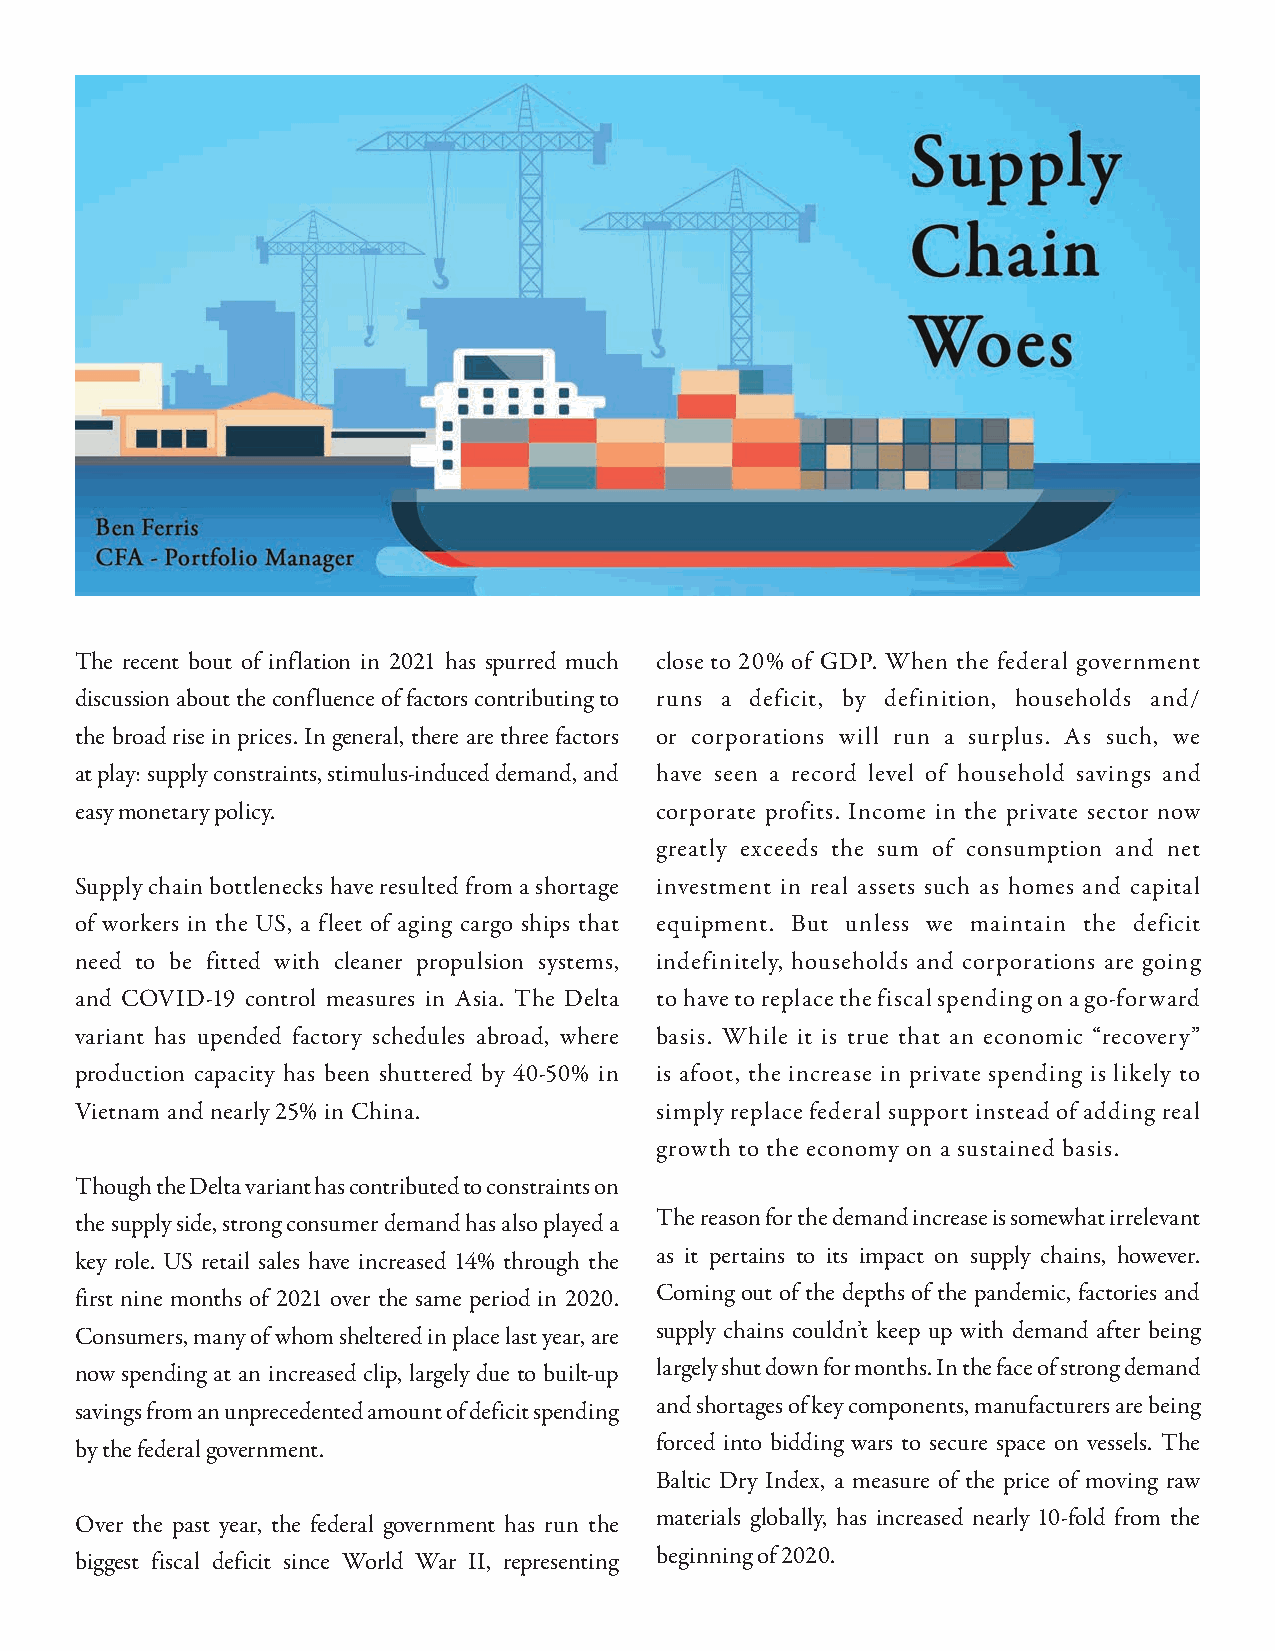
The recent bout of inflation in 2021 has spurred much close to 20% of GDP. When the federal government
 discussion about the confluence of factors contributing to runs a deficit, by definition, households and/
 the broad rise in prices. In general, there are three factors or corporations will run a surplus. As such, we
 at play: supply constraints, stimulus-induced demand, and have seen a record level of household savings and
 easy monetary policy.                 corporate profits. Income in the private sector now
 greatly exceeds the sum of consumption and net
 Supply chain bottlenecks have resulted from a shortage investment in real assets such as homes and capital
 of workers in the US, a fleet of aging cargo ships that equipment. But unless we maintain the deficit
 need to be fitted with cleaner propulsion systems, indefinitely, households and corporations are going
 and COVID-19 control measures in Asia. The Delta to have to replace the fiscal spending on a go-forward
 variant has upended factory schedules abroad, where basis. While it is true that an economic “recovery”
 production capacity has been shuttered by 40-50% in is afoot, the increase in private spending is likely to
 Vietnam and nearly 25% in China.      simply replace federal support instead of adding real
 growth to the economy on a sustained basis.
 Though the Delta variant has contributed to constraints on
 the supply side, strong consumer demand has also played a The reason for the demand increase is somewhat irrelevant
 key role. US retail sales have increased 14% through the as it pertains to its impact on supply chains, however.
 first nine months of 2021 over the same period in 2020. Coming out of the depths of the pandemic, factories and
 Consumers, many of whom sheltered in place last year, are supply chains couldn’t keep up with demand after being
 now spending at an increased clip, largely due to built-up largely shut down for months. In the face of strong demand
 savings from an unprecedented amount of deficit spending and shortages of key components, manufacturers are being
 by the federal government.            forced into bidding wars to secure space on vessels. The
 Baltic Dry Index, a measure of the price of moving raw
 Over the past year, the federal government has run the materials globally, has increased nearly 10-fold from the
 biggest fiscal deficit since World War II, representing beginning of 2020.